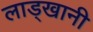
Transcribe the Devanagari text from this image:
लाड्खानी